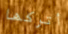
أتركها